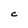
Character: C